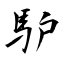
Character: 馿